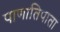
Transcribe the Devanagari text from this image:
पाणातिपाता